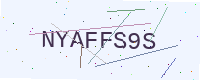
Text: NYAFFS9S